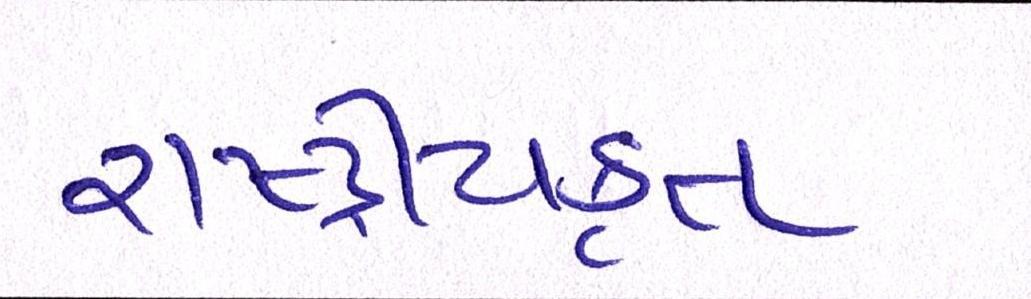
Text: રાષ્ટ્ર્રીયકૃત